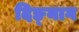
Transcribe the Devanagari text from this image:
दिङ्‌नाग